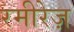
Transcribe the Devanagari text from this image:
रमीरेज़